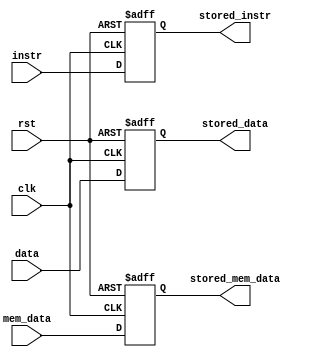

//! @title Registrador de Pipeline
//! @author @brenuamin

//! O Registrador de Pipeline - Store. Localizado entre a sada da memria de dados e a etapa de Write Back.
//! Armazena temporariamente dados e instrues propagadas ao longo do pipeline.

module store #(
    parameter DWIDTH = 32 //! Largura dos dados, memria de dados e instrues armazenados
  )(
    input wire clk, //! Sinal de clock para operaes assncronas
    input wire rst, //! Sinal de reset para redefinir os registradores
    input wire [DWIDTH-1:0] data, //! Dados a serem armazenados
    input wire [DWIDTH-1:0] mem_data, //! Dados da memria de dados a serem armazenados
    input wire [DWIDTH-1:0] instr, //! Instruo a ser armazenada

    output reg [DWIDTH-1:0] stored_data,    //! Dados armazenados
    output reg [DWIDTH-1:0] stored_mem_data,//! Dados da memria de dados armazenados
    output reg [DWIDTH-1:0] stored_instr    //! Instruo armazenada
  );

  //! Lgica para atualizao do registrador de pipeline a partir do clock
  always @(posedge clk or posedge rst)
  begin : STORE
    if (rst)
    begin
      stored_data <= 0;
      stored_mem_data <= 0;
      stored_instr <= 0;
    end
    else
    begin
      stored_data <= data;
      stored_mem_data <= mem_data;
      stored_instr <= instr;
    end
  end
endmodule